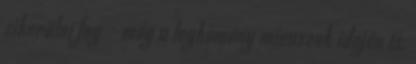
sikerülni fog - még a legkemény mínuszok idején is.